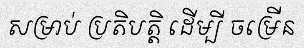
សម្រាប់ ប្រតិបត្តិ ដើម្បី ចម្រើន